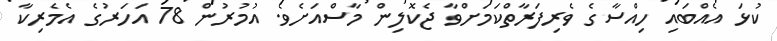
ކުޅަ އެއްބައި ހިއްސާގެ ވެރިފަރާތްކަމަށްވާ ޖެކޮލިން މާސްއަށެވެ. އުމުރުން 78 އަހަރުގެ އެމެރިކާ